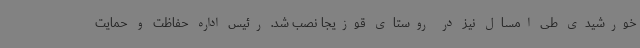
خورشیدی طی امسال نیز در روستای قوزیجا نصب شد. رئیس اداره حفاظت و حمایت